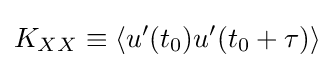
K_{XX}\equiv \langle u'(t_{0})u'(t_{0}+\tau )\rangle